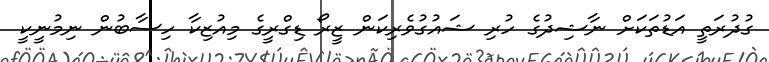
ގުދުރަތީ އަޑުތަކަށް ނާޝިދުގެ ހުރި ޝައުގުވެރިކަން ޒީރޯ ޑިގްރީގެ މިއުޒިކާ ހިސާބުން ނިމުނީކީ